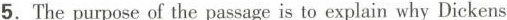
5.The purpose of the passage is to explain why Dickens